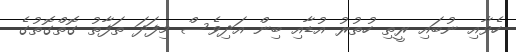
ހެވާއި ނުބައި ރީތި ހުތުރު އުޑާއި ބިން އަދިވެސް މިފަދަ ތަފާތު ގޮތްގޮތުގެ